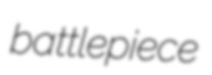
battlepiece